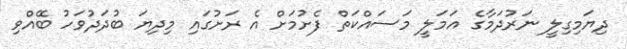
ދިޔަމިގިލީ ނަރުދަމާގެ އަމަލީ މަސައްކަތް ފެށުމަށް އެ ރަށުގައި މިދިޔަ ބުދަދުވަހު ބޭއްވި